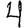
Digit: 4